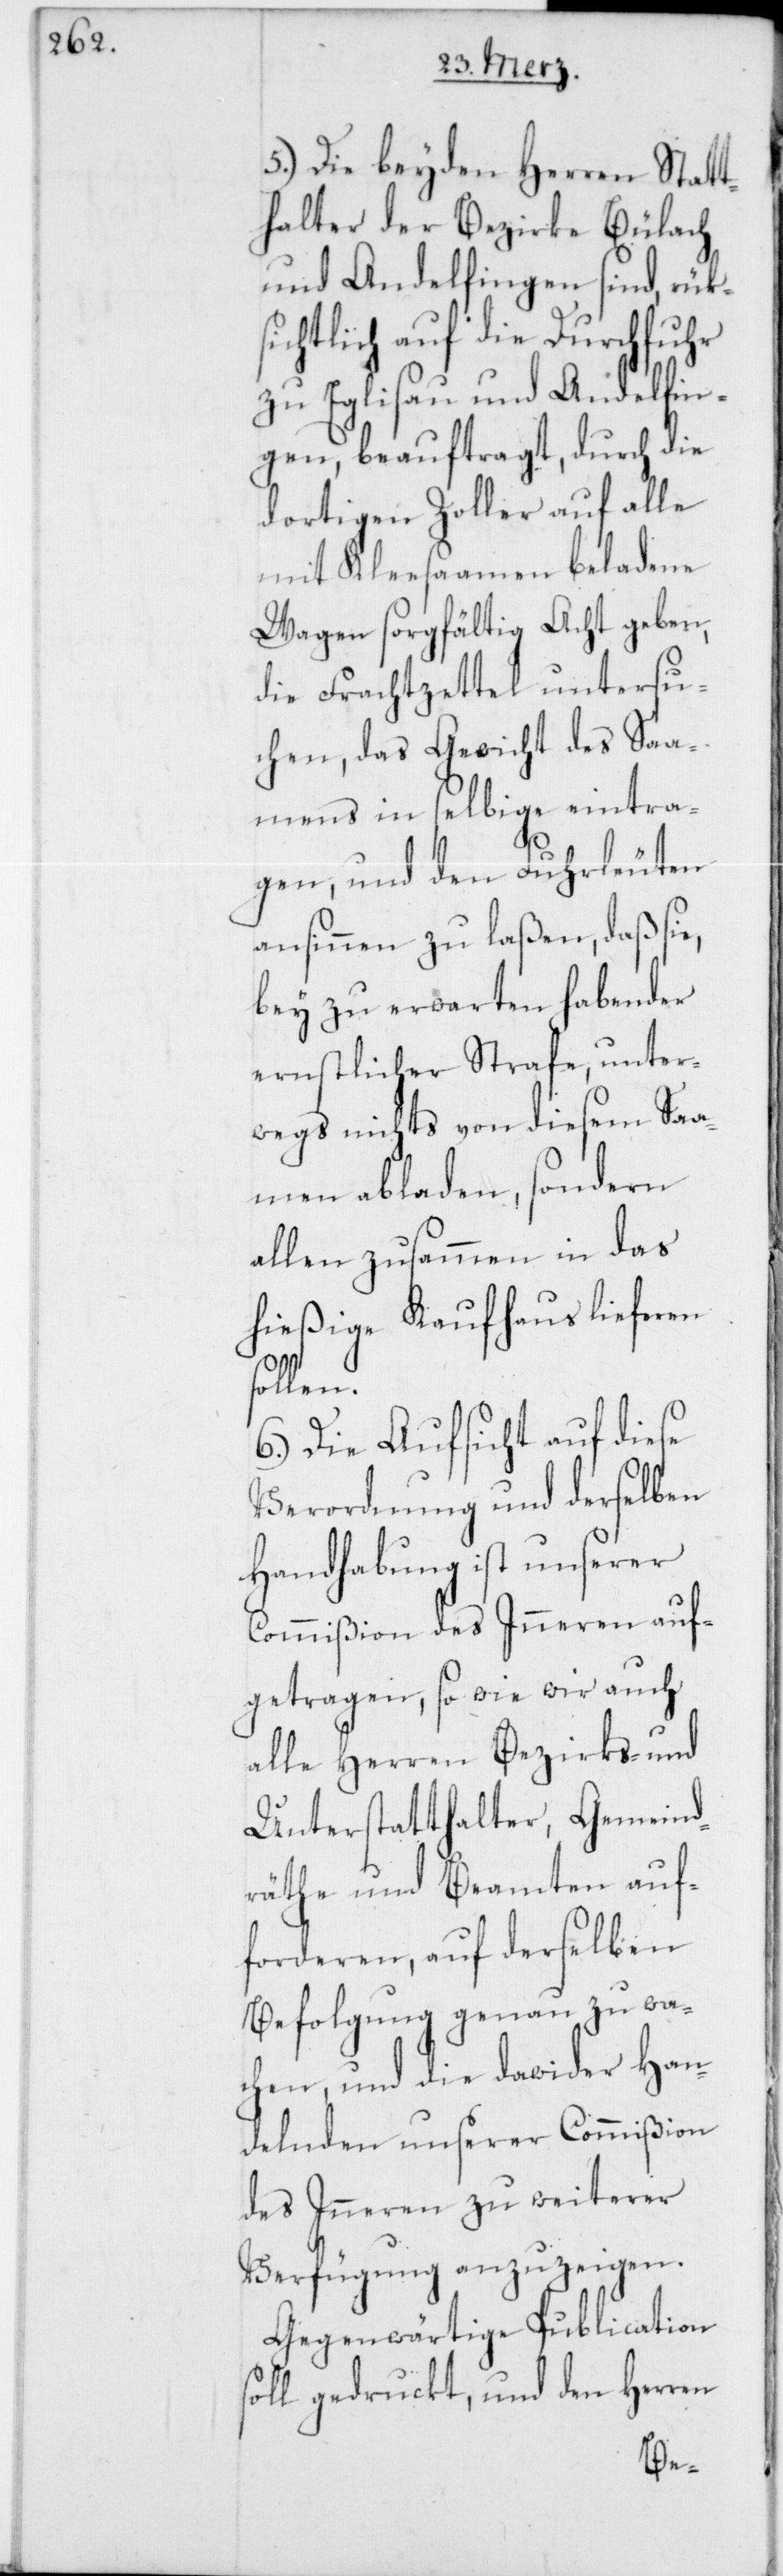
5.) Die beyden Herren Statt¬
halter der Bezirke Bülach
und Andelfingen sind, rüks¬
ichtlich auf die Durchfuhr
zu Eglisau und Andelfin¬
gen, beauftragt, durch die
dortigen Zoller auf alle
mit Kleesaamen beladene
Wagen sorgfältig Acht geben,
die Frachtzettel untersu¬
chen, das Gewicht des Saa¬
mens in selbige eintra¬
gen, und den Fuhrleuten
ansinnen zu laßen, daß sie,
bey zu erwarten habender
ernstlicher Strafe, unter¬
wegs nichts von diesem Saa¬
men abladen, sondern
allen zusammen in das
hießige Kaufhaus lieferen
sollen.
6.) Die Aufsicht auf diese
Verordnung und derselben
Handhabung ist unserer
Commißion des Inneren auf¬
getragen, so wie wir auch
alle Herren Bezirks- und
Unterstatthalter, Gemeind¬
räthe und Beamten auf¬
forderen, auf derselben
Befolgung genau zu wa¬
chen, und die dawider Han¬
delnden unserer Commißion
des Inneren zu weiterer
Verfügung anzuzeigen.
Gegenwärtige Publication
soll gedruckt, und den Herren